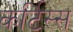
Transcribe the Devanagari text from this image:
कर्टिस्स